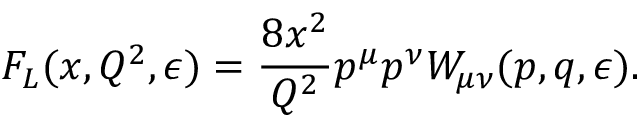
F _ { L } ( x , Q ^ { 2 } , \epsilon ) = \frac { 8 x ^ { 2 } } { Q ^ { 2 } } p ^ { \mu } p ^ { \nu } W _ { \mu \nu } ( p , q , \epsilon ) .